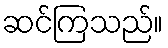
ဆင်ကြသည်။